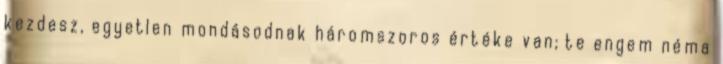
kezdesz, egyetlen mondásodnak háromszoros értéke van; te engem néma